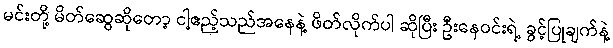
မင်းတို့ မိတ်ဆွေဆိုတော့ ငါ့ဧည့်သည်အနေနဲ့ ဖိတ်လိုက်ပါ ဆိုပြီး ဦးနေဝင်းရဲ့ ခွင့်ပြုချက်နဲ့